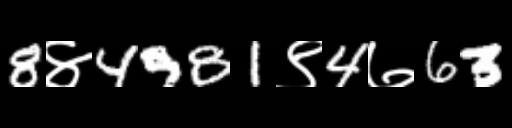
Text: 8४4981९4७63